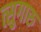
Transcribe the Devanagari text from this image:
त्सुगारु